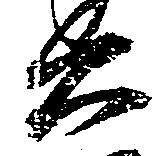
兵